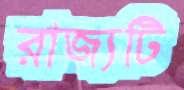
রাজ্যটি